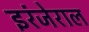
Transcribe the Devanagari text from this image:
इरंजेराल